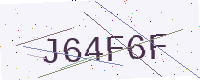
Text: J64F6F